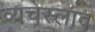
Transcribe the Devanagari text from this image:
व्यचेस्लाव